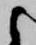
候